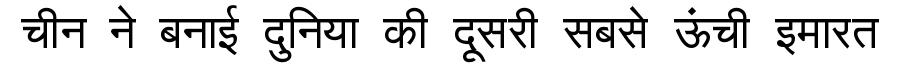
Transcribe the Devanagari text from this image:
चीन ने बनाई दुनिया की दूसरी सबसे ऊंची इमारत